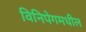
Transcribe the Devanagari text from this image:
विनिपेगमधील